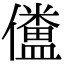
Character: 𠐹